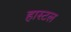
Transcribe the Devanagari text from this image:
हास्‍टल